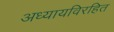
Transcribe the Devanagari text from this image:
अध्यायविरहित